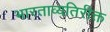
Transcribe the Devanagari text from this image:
भारताव्यतिरीक्त